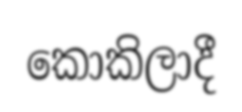
කොකිලාදී